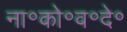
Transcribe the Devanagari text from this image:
ना॰को॰व॰दे॰